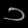
Digit: ၁